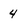
Character: 4